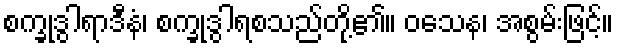
စက္ခုဒွါရာဒီနံ၊ စက္ခုဒွါရစသည်တို့၏။ ဝသေန၊ အစွမ်းဖြင့်။